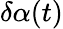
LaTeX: \delta\alpha(t)